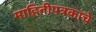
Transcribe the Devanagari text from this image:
माहितीपत्रकांचे